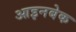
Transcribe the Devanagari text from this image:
आइनबेक